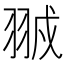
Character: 䎉